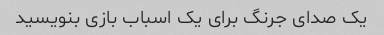
یک صدای جرنگ برای یک اسباب بازی بنویسید